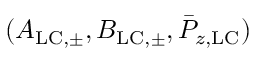
( A _ { \mathrm { L C , \pm } } , B _ { \mathrm { L C , \pm } } , \bar { P } _ { z , \mathrm { L C } } )